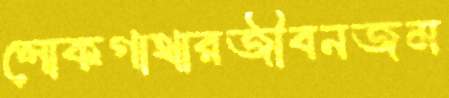
লোকগাথারজীবনজম